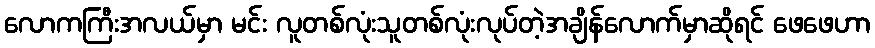
လောကကြီးအလယ်မှာ မင်း လူတစ်လုံးသူတစ်လုံးလုပ်တဲ့အချိန်လောက်မှာဆိုရင် ဖေဖေဟာ